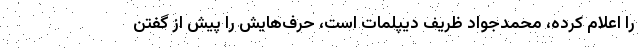
را اعلام کرده، محمدجواد ظریف دیپلمات است، حرف‌هایش را پیش از گفتن